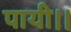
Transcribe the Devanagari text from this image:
पायी।।